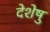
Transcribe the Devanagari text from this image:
देशेषु